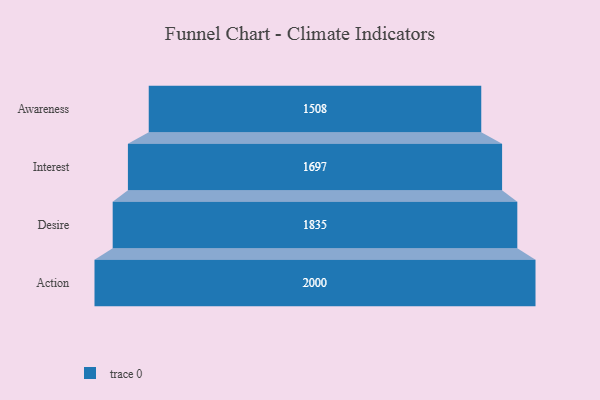
{"axis": {"x": "Stage", "y": "Value"}, "legend": [""], "data": [{"x": "Awareness", "y": 1508.0, "type": ""}, {"x": "Interest", "y": 1697.0, "type": ""}, {"x": "Desire", "y": 1835.0, "type": ""}, {"x": "Action", "y": 2000, "type": ""}]}